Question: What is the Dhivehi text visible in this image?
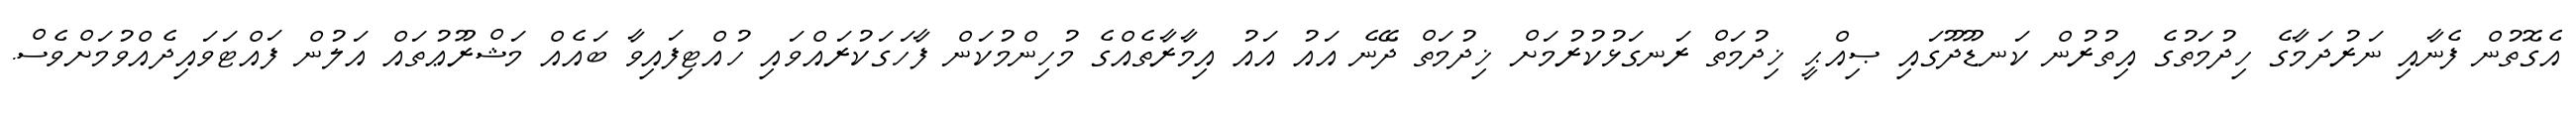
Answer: އެގޮތުން ފެނާއި ނަރުދަމާގެ ހިދުމަތުގެ އިތުރުން ކަނޑޫދޫގައި ޞިއްޙީ ޚިދުމަތް ރަނގަޅުކުރުމަށް ޚިދުމަތް ދޭނެ އައު އައު އިމާރާތެއްގެ މުހިންމުކަން ފާހަގަކުރައްވައި ހުއްޓިފައިވާ ބައެއް މަޝްރޫޢުތައް އަލުން ފައްޓަވައިދެއްވުމަށްވެސް.